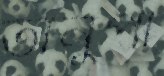
অনুপা